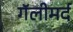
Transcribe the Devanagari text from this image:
गॅलीमर्द